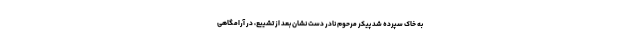
به خاک سپرده شد پیکر مرحوم نادر دست نشان بعد از تشییع، در آرامگاهی